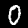
Label: 0